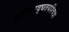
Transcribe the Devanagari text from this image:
सन्तिपद्धतयश्चित्रा